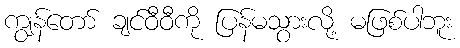
ကျွန်တော် ချင်ဝီဝီကို ပြန်မသွားလို့ မဖြစ်ပါဘူး